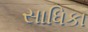
સાધિકા